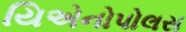
યિએનોપોલસ